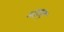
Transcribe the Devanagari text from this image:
महल्